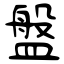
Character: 盤